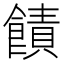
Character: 𫗙